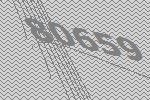
80659